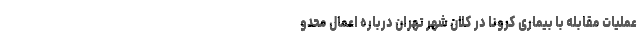
عملیات مقابله با بیماری کرونا در کلان شهر تهران درباره اعمال محدو